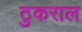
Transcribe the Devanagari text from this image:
ठुकराल